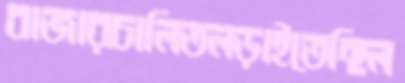
বাজারচালিতলড়াইতেছিল